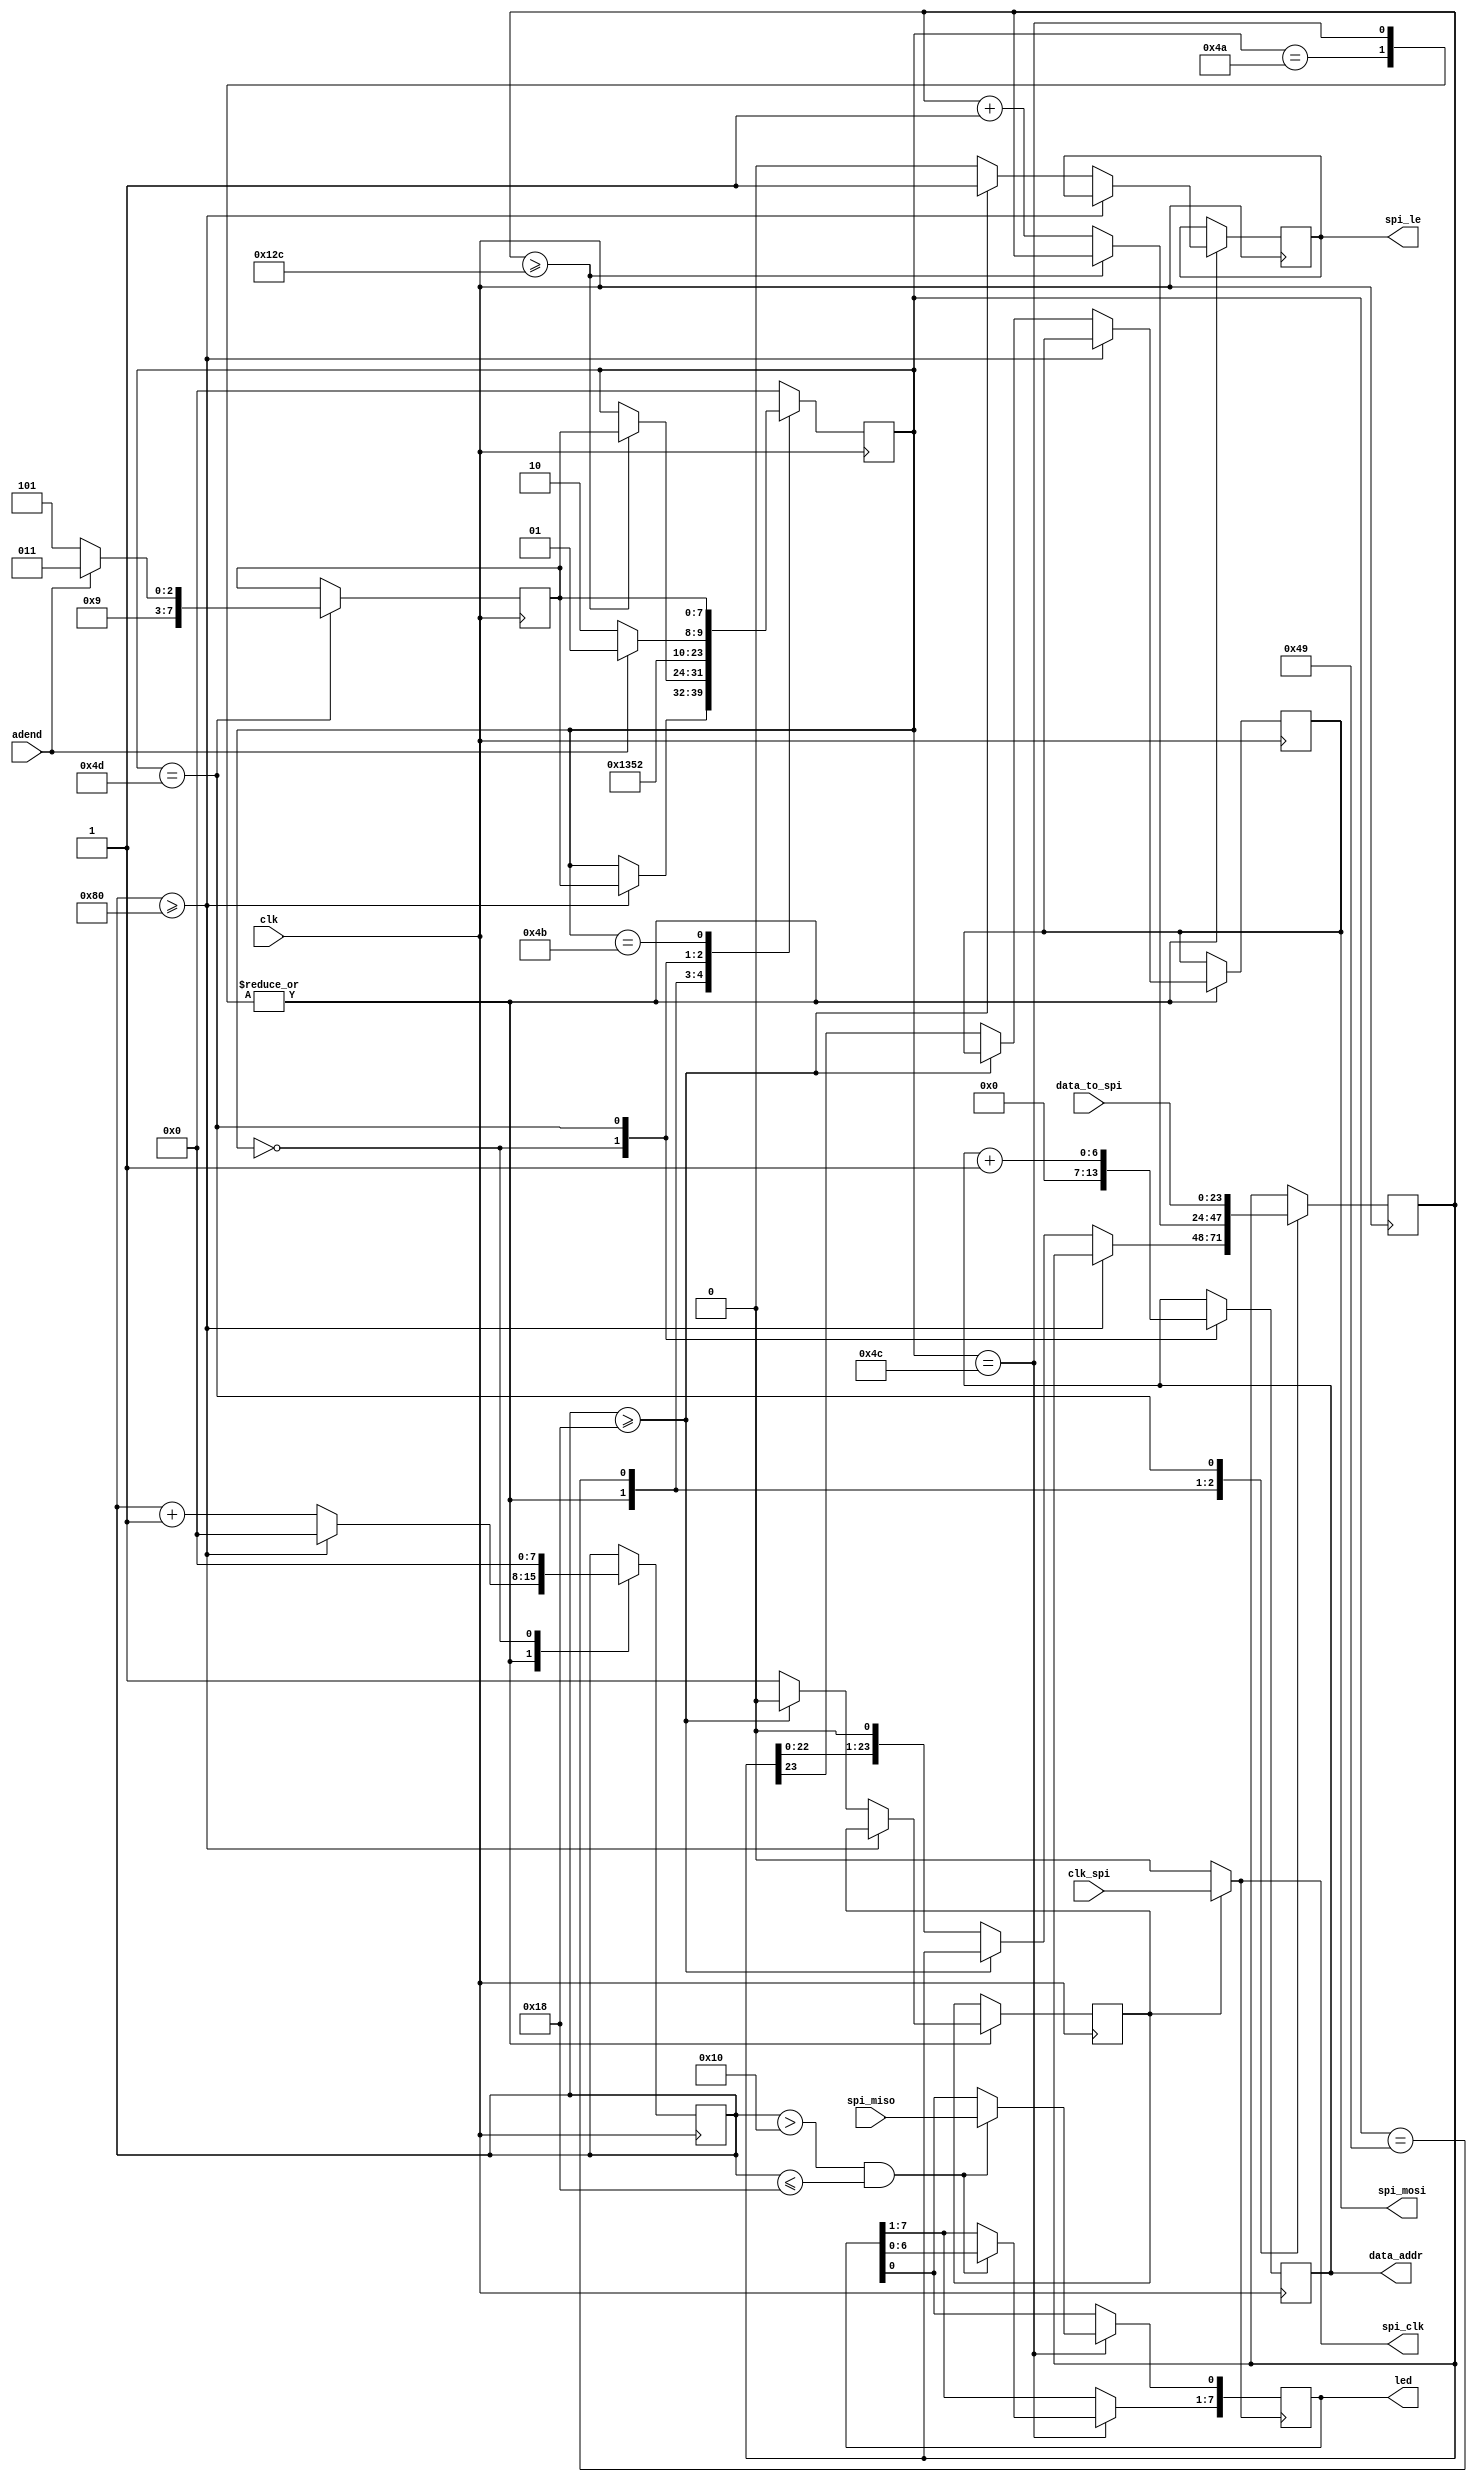
module ad9516 (
		input clk, 
		input clk_spi, 
		input adend,
		input [23:0] data_to_spi,
		input spi_miso, 
		
		output reg spi_mosi,
		output spi_clk, 
		output spi_le, 
		output [7:0] led, 
		output reg [6:0] data_addr
 );

// AD9516-0 Register setup

// Module state
localparam	SM_IDLE		  =	 8'd00,
				SM_WAIT       =    8'd73,
				SM_CONFIG     =    8'd74,
				SM_STOP       =    8'd75,
				SM_READ       =    8'd76,
				SM_ADDR       =    8'd77;
	
	reg[23:0] spi_data;
	
   reg[7:0]  sm = 8'h00;
   reg[7:0]  sm_next;
   reg[7:0]  config_count;
   reg       spi_le_wr;
   reg       spi_clken;
    
   reg[7:0] led_r = 8'hff;
               
   assign spi_clk   = spi_clken ? clk_spi : 1'b0;
   assign spi_le    = spi_le_wr;
    
   assign led[7:0]  = led_r[7:0];
	

	always @(posedge spi_clk )
   begin
   if(sm == SM_READ)
   begin
		if(config_count > 16 && config_count <= 24)
			begin
				led_r[0] <= spi_miso;
				led_r[7:1] <= led_r[6:0];
			end
	end
   end
     
	always@( posedge clk )
	case(sm)
		SM_CONFIG:
			if(config_count >= 128)
				begin
					config_count <= 8'h0;
					sm <= sm_next;
            end
        else if(config_count >= 24)
            begin
					spi_clken <= 1'b0;
					config_count <= config_count + 1'b1;
					spi_le_wr <= 1'b1;
            end
        else    
            begin
					spi_clken <= 1'b1;
					spi_le_wr <= 1'b0;
					config_count <= config_count+1'b1;
					spi_mosi <= spi_data[23];
					spi_data <= spi_data << 1'b1;
            end
		SM_READ:
			if(config_count >= 128)
            begin
					config_count <= 8'h0;
					sm <= sm_next;
				end
			else if(config_count >= 24)
				begin
					spi_clken <= 1'b0;
               config_count <= config_count + 1'b1;
               spi_le_wr <= 1'b1;
				end
			else
				begin
					spi_clken <= 1'b1;
               spi_le_wr <= 1'b0;
               config_count <= config_count + 1'b1;
               spi_mosi <= spi_data[23];
               spi_data <= spi_data << 1'b1;
				end
				
		SM_WAIT:
			begin
				if(spi_data >= 300) //1s
                sm <= sm_next;
            else
                spi_data <= spi_data + 1'b1;
			end
            
		SM_IDLE:
			begin
            sm <= SM_ADDR; // 0
            config_count <= 8'h00;
				data_addr <= 7'h00;
			end
			
		SM_ADDR:
			begin
            spi_data <= data_to_spi;
            sm <= SM_CONFIG;
            sm_next <= SM_ADDR;
				data_addr <= data_addr + 1'b1;
				if( adend )
            begin
					sm <= SM_WAIT;
					sm_next <= SM_STOP; 
				end
			end
     
		SM_STOP:
			begin
            sm <= sm_next;
			end
		default:
			sm <= SM_IDLE;
    endcase

endmodule